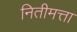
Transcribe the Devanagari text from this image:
नितीमत्ता